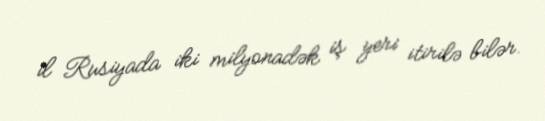
il Rusiyada iki milyonadək iş yeri itirilə bilər.